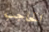
الحاجب